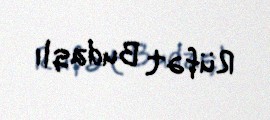
Rüfət Budaqlı